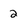
Character: 2